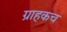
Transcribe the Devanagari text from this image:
ग्राहकच